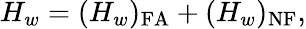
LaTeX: H_{w}=(H_{w})_{\mathrm{FA}}+(H_{w})_{\mathrm{NF}},